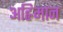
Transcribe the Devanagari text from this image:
अह्रिमान